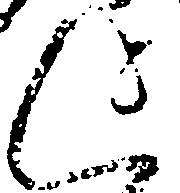
迄